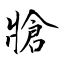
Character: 牄